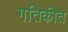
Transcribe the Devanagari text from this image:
गतिकीत